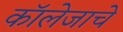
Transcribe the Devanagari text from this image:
कॉलेजाचे